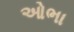
ઓભા